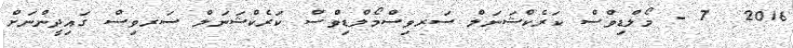
2016  7 - މޯލްޑިވްސް ކަރެކްޝަނަލް ސަރވިސްމޯލްޑިވްސް ކަރެކްޝަނަލް ސަރވިސް ގައިދީންނަށް